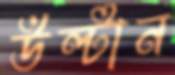
উল্‌টান